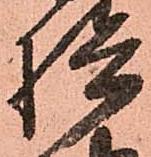
検